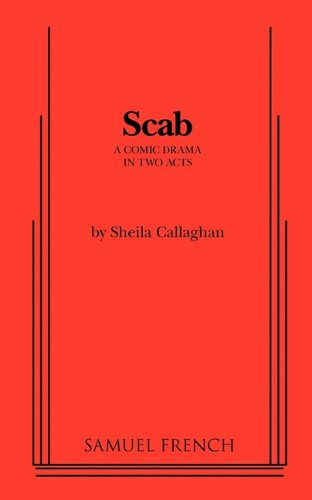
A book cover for Scab; Sheila Callaghan; Literature & Fiction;